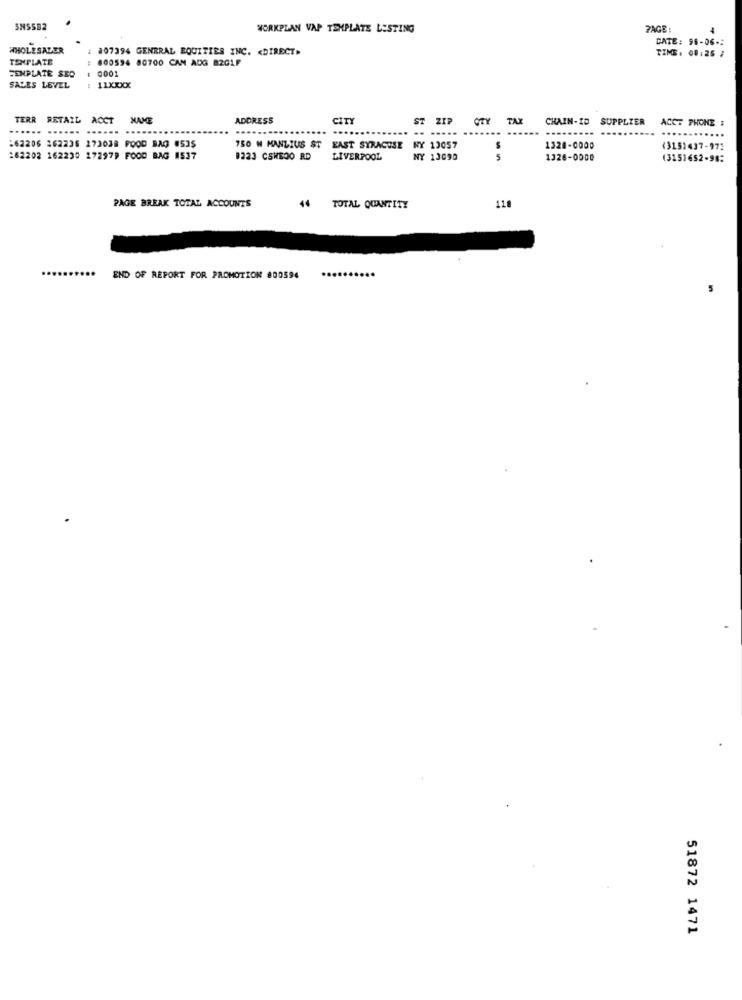
WORKPLAN VAP TEMPLATE LISTING
PAGE:
4
CATE: 96-06-
WHOLESALER
: 007394 GENERAL EQUITIES INC. < DIRECT>
TIME. 08:25 1
TEMPLATE
: 800594 80700 CAN ADG 8201F
TEMPLATE SEO
: 0001
SALES LEVEL : 11XXXX
TERR RETAIL ACCT
NAME
ADDRESS
CITY
ST ZIP
CITY
TAX
CHAIN-ID
SUPPLIER
ACCT PHONE $
..
...... ...... ...
.. ....
....
.....
.......
162206 262236 273038 FOOD BAG 4535
750 N MANLIUS ST EAST SYRACUSE
NY 13057
1328-0000
(3151437-972
262202 162230 172979 FOOD BAG 1537
0223 CSWE00 RD
LIVERPOOL
NY 13090
1328-0000
(3151652-98:
118
PAGE BREAK TOTAL ACCOUNTS
44 TOTAL QUANTITY
...
END OF REPORT FOR PROMOTION 800594
51872 1471